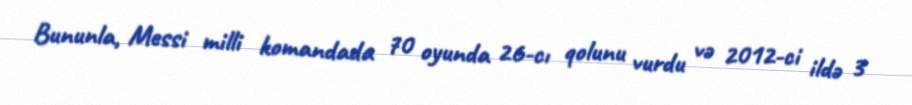
Bununla, Messi milli komandada 70 oyunda 26-cı qolunu vurdu və 2012-ci ildə 3